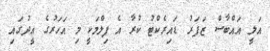
އަލީ އައްބާސް ޒަފަރު ޑައިރެކްޓު ކުރާ އެ ފިލްމަކީ މި އަހަރުގެ އީދުގައި